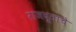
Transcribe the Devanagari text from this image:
राजदूताचे